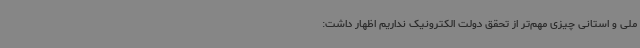
ملی و استانی چیزی مهم‌تر از تحقق دولت الکترونیک نداریم اظهار داشت: